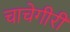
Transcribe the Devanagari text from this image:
चाचेगीरी